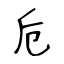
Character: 卮